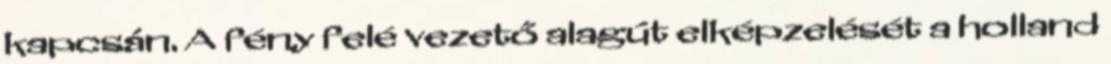
kapcsán. A fény felé vezető alagút elképzelését a holland